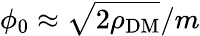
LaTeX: \phi_{0}\approx\sqrt{2\rho_{\mathrm{DM}}}/m